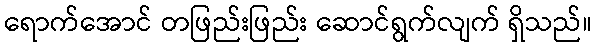
ရောက်အောင် တဖြည်းဖြည်း ဆောင်ရွက်လျက် ရှိသည်။